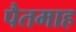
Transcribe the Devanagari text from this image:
पैतमाह